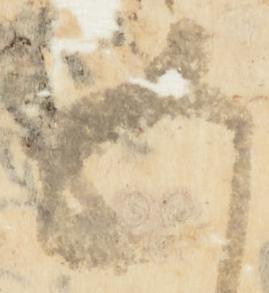
五